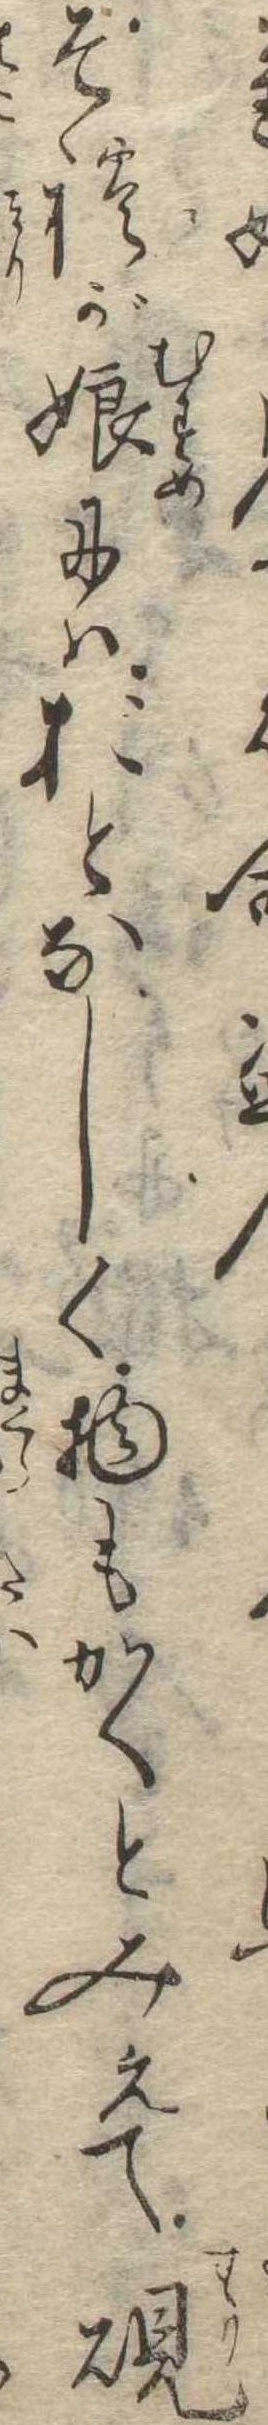
それが娘にはおとなしく物もかくとみえて硯